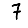
Digit: 7